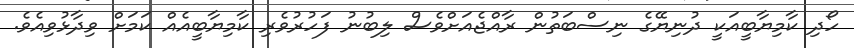
ހޯދި ކާމިޔާބީއަކީ ދުނިޔޭގެ ނިސްބަތުން ރާއްޖެއަށްވެސް ލިބުނު ފަހުރުވެރި ކާމިޔާބީއެއް ކަމަށް ވިދާޅުވިއެވެ.